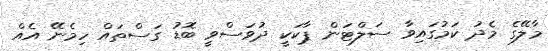
މާލޭގެ މެދު ކަމުގައިވާ ސަލްޓަން ޕާކަކީ ދުވަސްވީ ބޮޑު ގަސްތައް ހިމެނޭ އެއް